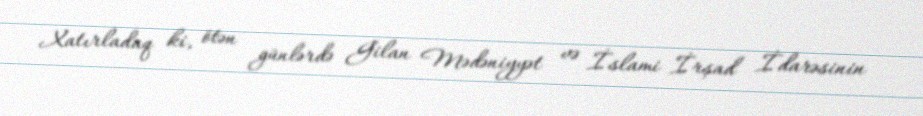
Xatırladaq ki, ötən günlərdə Gilan Mədəniyyət və İslami İrşad İdarəsinin